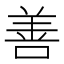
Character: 善